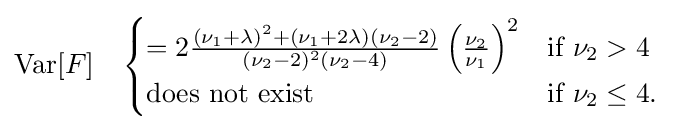
\operatorname {Var} [F]\quad {\begin{cases}=2{\frac {(\nu _{1}+\lambda )^{2}+(\nu _{1}+2\lambda )(\nu _{2}-2)}{(\nu _{2}-2)^{2}(\nu _{2}-4)}}\left({\frac {\nu _{2}}{\nu _{1}}}\right)^{2}&{\text{if }}\nu _{2}>4\\{\text{does not exist}}&{\text{if }}\nu _{2}\leq 4.\\\end{cases}}